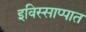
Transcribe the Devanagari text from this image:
इविस्साप्पात